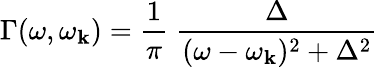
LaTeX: \Gamma(\omega,\omega_{\mathbf{k}})=\frac{{1}}{{\pi}}\; \frac{{\Delta}}{{(\omega-\omega_{\mathbf{k}})^{2}+\Delta^{2}}}